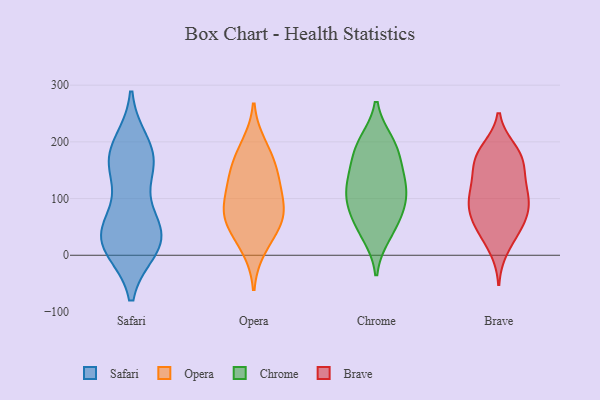
{"axis": {"x": "LTV (USD)", "y": "Value"}, "legend": ["Brave", "Chrome", "Opera", "Safari"], "data": [{"x": "", "y": 35, "type": "Safari"}, {"x": "", "y": 68, "type": "Safari"}, {"x": "", "y": 165, "type": "Safari"}, {"x": "", "y": 153, "type": "Safari"}, {"x": "", "y": 164, "type": "Safari"}, {"x": "", "y": 35, "type": "Safari"}, {"x": "", "y": 20, "type": "Safari"}, {"x": "", "y": 20, "type": "Safari"}, {"x": "", "y": 177, "type": "Safari"}, {"x": "", "y": 42, "type": "Safari"}, {"x": "", "y": 14, "type": "Safari"}, {"x": "", "y": 195, "type": "Safari"}, {"x": "", "y": 171, "type": "Opera"}, {"x": "", "y": 82, "type": "Opera"}, {"x": "", "y": 147, "type": "Opera"}, {"x": "", "y": 78, "type": "Opera"}, {"x": "", "y": 51, "type": "Opera"}, {"x": "", "y": 194, "type": "Opera"}, {"x": "", "y": 51, "type": "Opera"}, {"x": "", "y": 80, "type": "Opera"}, {"x": "", "y": 120, "type": "Opera"}, {"x": "", "y": 134, "type": "Opera"}, {"x": "", "y": 12, "type": "Opera"}, {"x": "", "y": 199, "type": "Chrome"}, {"x": "", "y": 151, "type": "Chrome"}, {"x": "", "y": 83, "type": "Chrome"}, {"x": "", "y": 119, "type": "Chrome"}, {"x": "", "y": 78, "type": "Chrome"}, {"x": "", "y": 117, "type": "Chrome"}, {"x": "", "y": 140, "type": "Chrome"}, {"x": "", "y": 98, "type": "Chrome"}, {"x": "", "y": 195, "type": "Chrome"}, {"x": "", "y": 185, "type": "Chrome"}, {"x": "", "y": 36, "type": "Chrome"}, {"x": "", "y": 47, "type": "Chrome"}, {"x": "", "y": 78, "type": "Brave"}, {"x": "", "y": 106, "type": "Brave"}, {"x": "", "y": 116, "type": "Brave"}, {"x": "", "y": 155, "type": "Brave"}, {"x": "", "y": 87, "type": "Brave"}, {"x": "", "y": 117, "type": "Brave"}, {"x": "", "y": 149, "type": "Brave"}, {"x": "", "y": 48, "type": "Brave"}, {"x": "", "y": 167, "type": "Brave"}, {"x": "", "y": 180, "type": "Brave"}, {"x": "", "y": 94, "type": "Brave"}, {"x": "", "y": 109, "type": "Brave"}, {"x": "", "y": 10, "type": "Brave"}, {"x": "", "y": 73, "type": "Brave"}, {"x": "", "y": 186, "type": "Brave"}, {"x": "", "y": 32, "type": "Brave"}, {"x": "", "y": 55, "type": "Brave"}, {"x": "", "y": 160, "type": "Brave"}, {"x": "", "y": 188, "type": "Brave"}, {"x": "", "y": 58, "type": "Brave"}]}